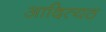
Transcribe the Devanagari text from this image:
आदित्यठ